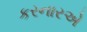
કરનારએ